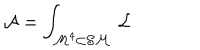
{ \cal A } = \int _ { { \cal M } ^ { 4 } \subset { \cal S M } } \, { \cal L }